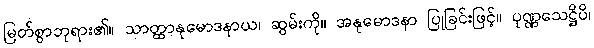
မြတ်စွာဘုရား၏။ သာတ္ထာနုမောဒနာယ၊ ဆွမ်းကို။ အနုမောဒနာ ပြုခြင်းဖြင့်။ ပုဏ္ဏသေဋ္ဌိပိ၊